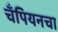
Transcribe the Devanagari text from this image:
चँपियनचा